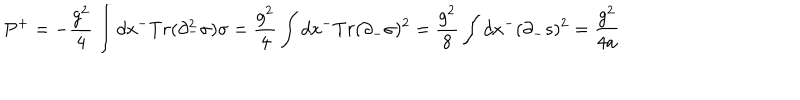
P ^ { + } = - { \frac { g ^ { 2 } } { 4 } } \int d x ^ { - } T r ( \partial _ { - } ^ { 2 } \sigma ) \sigma = { \frac { g ^ { 2 } } { 4 } } \int d x ^ { - } T r ( \partial _ { - } \sigma ) ^ { 2 } = { \frac { g ^ { 2 } } { 8 } } \int d x ^ { - } ( \partial _ { - } s ) ^ { 2 } = { \frac { g ^ { 2 } } { 4 a } }